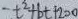
- t ^ { 2 } + b t + 2 0 0